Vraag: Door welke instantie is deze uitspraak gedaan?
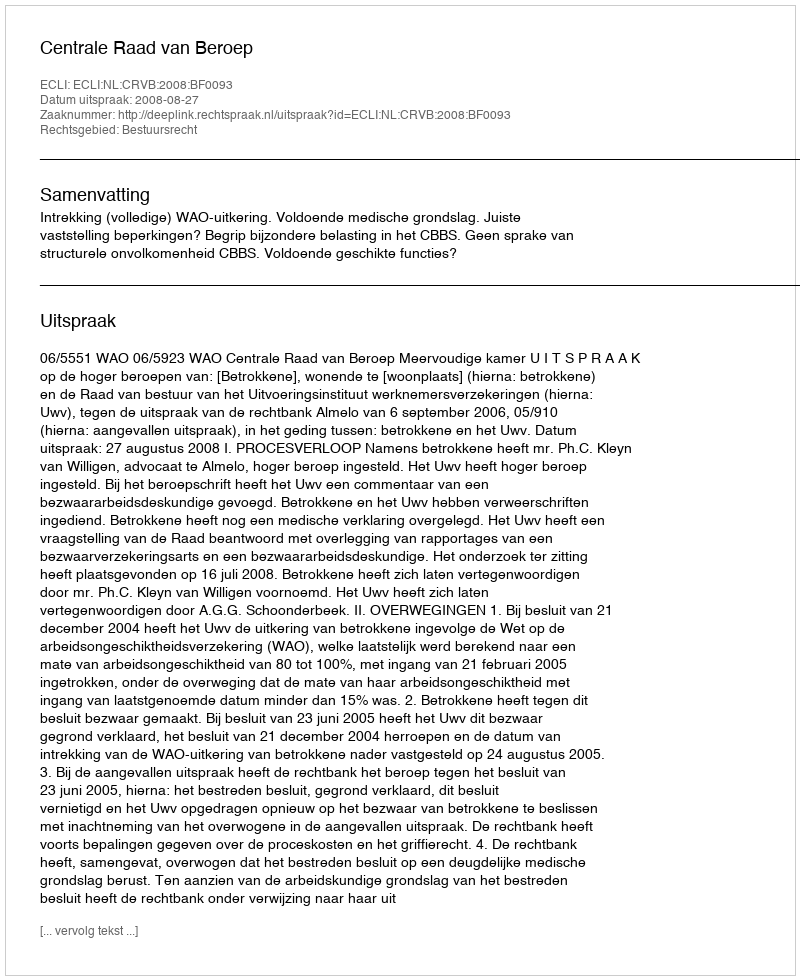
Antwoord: Centrale Raad van Beroep